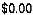
$0.00